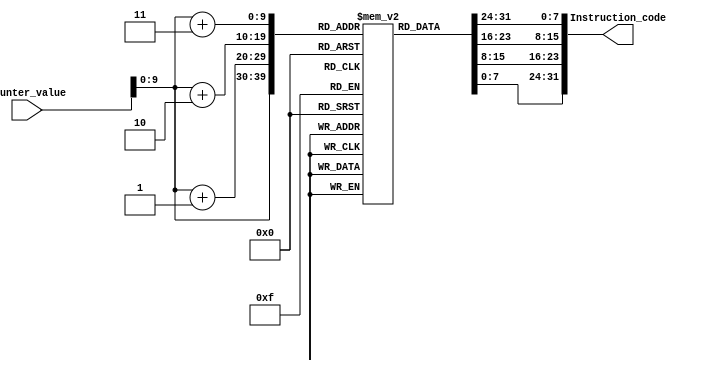
`timescale 1ns / 1ns

// RV32I can be either little or big endian
// Here, we are using little endian format

module Program_memory( Counter_value, Instruction_code);

input [31:0] Counter_value;
output reg [31:0] Instruction_code;
reg [7:0] Registers[1000:0];

initial 
begin
	Registers[0] = 8'h93;
	Registers[1] = 8'h02;
	Registers[2] = 8'h40;
	Registers[3] = 8'h06;
	
	Registers[4] = 8'h13;
	Registers[5] = 8'h81;
	Registers[6] = 8'h00;
	Registers[7] = 8'h00;

	Registers[8] = 8'h93;
	Registers[9] = 8'h01;
	Registers[10] = 8'h11;
	Registers[11] = 8'h00;
	
	Registers[12] = 8'h13;
	Registers[13] = 8'h02;
	Registers[14] = 8'h01;
	Registers[15] = 8'h00;
	
	Registers[16] = 8'hB3;
	Registers[17] = 8'h81;
	Registers[18] = 8'h21;
	Registers[19] = 8'h00;
	
	Registers[20] = 8'hE3;
	Registers[21] = 8'h58;
	Registers[22] = 8'h52;
	Registers[23] = 8'hFE;
	
	Registers[24] = 8'h33;
	Registers[25] = 8'h01;
	Registers[26] = 8'h31;
	Registers[27] = 8'h00;
	
	Registers[28] = 8'hB3;
	Registers[29] = 8'h01;
	Registers[30] = 8'h31;
	Registers[31] = 8'h40;
	
	Registers[32] = 8'h33;
	Registers[33] = 8'h01;
	Registers[34] = 8'h31;
	Registers[35] = 8'h40;
	
	Registers[36] = 8'h67;
	Registers[37] = 8'h03;
	Registers[38] = 8'hC0;
	Registers[39] = 8'h00;
	
	Registers[40] = 8'h00;
	Registers[41] = 8'h00;
	Registers[42] = 8'h00;
	Registers[43] = 8'h00;
	
	Registers[44] = 8'h00;
	Registers[45] = 8'h00;
	Registers[46] = 8'h00;
	Registers[47] = 8'h00;
	
	Registers[48] = 8'h00;
	Registers[49] = 8'h00;
	Registers[50] = 8'h00;
	Registers[51] = 8'h00;
	
	Registers[52] = 8'h00;
	Registers[53] = 8'h00;
	Registers[54] = 8'h00;
	Registers[55] = 8'h00;
	
	Registers[56] = 8'h00;
	Registers[57] = 8'h00;
	Registers[58] = 8'h00;
	Registers[59] = 8'h00;
	
	Registers[60] = 8'h00;
	Registers[61] = 8'h00;
	Registers[62] = 8'h00;
	Registers[63] = 8'h00;
	
	Registers[64] = 8'h00;
	Registers[65] = 8'h00;
	Registers[66] = 8'h00;
	Registers[67] = 8'h00;
	
	Registers[68] = 8'h00;
	Registers[69] = 8'h00;
	Registers[70] = 8'h00;
	Registers[71] = 8'h00;
	
	Registers[72] = 8'h00;
	Registers[73] = 8'h00;
	Registers[74] = 8'h00;
	Registers[75] = 8'h00;
	
	Registers[76] = 8'h00;
	Registers[77] = 8'h00;
	Registers[78] = 8'h00;
	Registers[79] = 8'h00;
	
	Registers[80] = 8'h00;
	Registers[81] = 8'h00;
	Registers[82] = 8'h00;
	Registers[83] = 8'h00;
	
	Registers[84] = 8'h00;
	Registers[85] = 8'h00;
	Registers[86] = 8'h00;
	Registers[87] = 8'h00;
	
	Registers[88] = 8'h00;
	Registers[89] = 8'h00;
	Registers[90] = 8'h00;
	Registers[91] = 8'h00;
	
	Registers[92] = 8'h00;
	Registers[93] = 8'h00;
	Registers[94] = 8'h00;
	Registers[95] = 8'h00;
	
	Registers[96] = 8'h00;
	Registers[97] = 8'h00;
	Registers[98] = 8'h00;
	Registers[99] = 8'h00;
end

always @(Counter_value) begin
	Instruction_code = {Registers[Counter_value + 3], Registers[Counter_value + 2], Registers[Counter_value + 1], Registers[Counter_value]};
end

endmodule